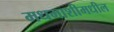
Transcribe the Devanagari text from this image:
मधमाशीमधील